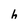
Character: h